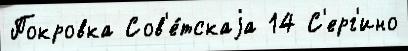
Покровка Сов'е́тскаjа 14 С'ерг'ино